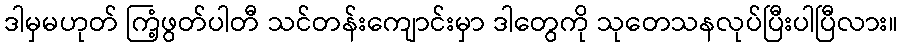
ဒါမှမဟုတ် ကြံ့ဖွတ်ပါတီ သင်တန်းကျောင်းမှာ ဒါတွေကို သုတေသနလုပ်ပြီးပါပြီလား။